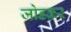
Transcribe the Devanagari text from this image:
जोडक़र